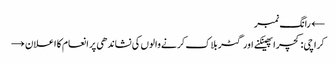
← رانگ نمبر
کراچی: کچرا پھینکنے اور گٹر بلاک کرنے والوں کی نشاندھی پر انعام کا اعلان →